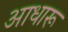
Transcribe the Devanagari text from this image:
आधारू